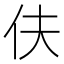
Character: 伕